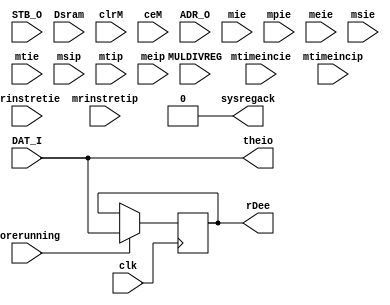
/* -----------------------------------------------------------------------------
 * Part of midgetv
 * 2019. Copyright B. Nossum.
 * For licence, see LICENCE
 * -----------------------------------------------------------------------------ehdr
 * The input mux selects between:
 *   o 32 bit output from a SRAM (or cache or whatever)
 *   o a data input port
 *   o 32 bit output from the internal EBR ram (DAT_O)
 *   o A rightshifted ADR_O
 *   o register M for MUL/DIV instructions
 * 
 * There are many choices for the input mux. Not all are thoroghly tested. 
 * Common for all implementations is the last part. 
 * 
 */


/* verilator lint_off DECLFILENAME */


module m_inputmux
  # ( parameter HIGHLEVEL = 1, //      Presently not in use
      MULDIV = 0, //                   With MUL/DIV instructions?
      DAT_I_ZERO_WHEN_INACTIVE = 1, // With "wellbehaved" Wishbone input we may save 32 LUTs in certain situations
      IWIDTH = 32,  //                 Can in principle be from 1 to 32. Usually 8, 16 or 32.
      SRAMADRWIDTH = 0, //             External memory. Usually SRAM in iCE40UP
      MTIMETAP = 0, //                 Include system registers if MTIMETAP >= MTIMETAP_LOWLIM
      MTIMETAP_LOWLIM = 32 //          Really a constant
      )
   (
    /* verilator lint_off UNUSED */
    input              clk, //         System clock
    input              corerunning, // Only update registers after core is started
    input              STB_O, //       Selecte between SRAM and IO, must also lead to  ack when systemregisters written
    input [31:0]       MULDIVREG, //   MUL/DIV result register
    input [31:0]       Dsram, //       SRAM input
    input              clrM, //        To determine if MULDIVREG is to be read
    input              ceM, //         To determine if MULDIVREG is to be read
    input [31:0]       ADR_O, //       For select between system registers
    input              mie, //         Machine Interrupt enable in MSTATUS
    input              mpie, //        Machine Previous Interrupt enable in MSTATUS
    input              meie, //        Machine External Interrupt Enable in MIE
    input              mrinstretie, // Machine Retired Instructions Retired Interrupt Enable in MIE. RENAME
    input              msie, //        Machine Software Interrupt Enable in MIE
    input              mtie, //        Machine Timer Interrupt Enable in MIE
    input              mtimeincie, //  Machine Time Increment Interrupt Enable in MIE
    input              mrinstretip, // Machine Retired Instructions Retired Interrupt Pending in MIP. RENAME
    input              msip, //        Machine Software Interrupt Pending in MIP
    input              mtip,//         Machine Timer Interrupt Pending in MIP
    input              mtimeincip, //  Machine Time Increment Interrupt Pending in MIP
    input              meip, //        Machine External Interrupt Pending in MIP
    /* verilator lint_on UNUSED */
    input [IWIDTH-1:0] DAT_I, //       External input
    
    /* verilator lint_off UNDRIVEN */
    output             sysregack, //   Read/Write acknowledge from MIP/MIE/MSTATUS
    output [31:0]      rDee, //        Output used by mimux
    output [31:0]      theio //        Output for debugging purposes
    /* verilator lint_on UNDRIVEN */
//    output             m_inputmux_killwarnings
    );

   localparam pHASSYSREGS = MTIMETAP >= MTIMETAP_LOWLIM ? 4 : 0;
   localparam pHASSRAM = SRAMADRWIDTH != 0              ? 2 : 0;
   localparam INPUTMUXTYPE = pHASSYSREGS | pHASSRAM | MULDIV;

   /* verilator lint_off UNUSED */
    /* verilator lint_off UNDRIVEN */
   wire [32:0]         zeros = 33'b0;
   wire [32:0]         erDee;
   wire [32:0]         edati = {zeros[32:IWIDTH],DAT_I[IWIDTH-1:0]};
    /* verilator lint_on UNDRIVEN */
   /* verilator lint_on UNUSED */ 

   generate
      if ( INPUTMUXTYPE == 0 ) begin
         /* Simplest and smallest case. No SRAM, no system registers, no multiplier.
          *
          *               __   
          * DAT_I -------|  |- rDee
          *              >  |  
          * corerunning -E__|  
          * 
          * Total size: 33+IWIDTH SB_LUT4
          */
         reg [IWIDTH-1:0] ireg;
         
         always @(posedge clk)
           if ( corerunning )
             ireg <= DAT_I;
         assign erDee = {zeros[32:IWIDTH],ireg};
         assign sysregack = 0;
         assign theio = DAT_I;
         
      end else if ( INPUTMUXTYPE == 1 ) begin
         /* Multiplier present. No SRAM, no system registers.
          *
          * STB_O ------------+               
          * DAT_I -----------|1\         __   
          *                  |  |- a ---|  |- rDee
          * MULDIVREG -------|0/        >  |  
          *                corerunning -E__|  
          * 
          * Total size: 65 SB_LUT4
          */
         
         wire [31:0] a;
         reg [31:0]  ireg;
         assign a = STB_O ? edati[31:0] : MULDIVREG;
         always @(posedge clk)
           if ( corerunning )
             ireg <= a;
         assign erDee = {zeros[32:IWIDTH],ireg};
         assign sysregack = 0;
         assign theio = a;
         
    end else if ( INPUTMUXTYPE == 2 ) begin
       /* SRAM present. No multiplier, no system registers
        *
        * STB_O ------------+               
        * DAT_I -----------|1\         __   
        *                  |  |- a ---|  |- rDee
        * Dsram     -------|0/        >  |  
        *                corerunning -E__|  
        * 
        * Total size: 65 SB_LUT4
        */
       wire [31:0] a;
       reg [31:0]  ireg;
       assign a = STB_O ? edati[31:0] : Dsram;
       always @(posedge clk)
         if ( corerunning )
           ireg <= a;
       assign erDee = {zeros[32:IWIDTH],ireg};
       assign sysregack = 0;
       assign theio = a;
       
    end else if ( INPUTMUXTYPE == 3 ) begin
       
       wire [31:0] a;
       reg [31:0]  ireg;
       wire        STB_O_or_ReadM = STB_O | (clrM & ceM);

       if ( DAT_I_ZERO_WHEN_INACTIVE ) begin
          /* SRAM and multiplier both present. No system registers.
           * When DAT_I is inactive, it is zero. Note that this depends on the 
           * external INTERCON module. 
           *
           * STB_O_or_readM ---+               
           *             __    |
           * DAT_I -----|or|--|1\         __   
           * MULDIVREG -|__|  |  |- a ---|  |- rDee
           * Dsram     -------|0/        >  |  
           *                corerunning -E__|  
           * 
           * The lsb must be treated differently - MULDIVREG[0] is 1'b1 when idle.
           * 
           */
          assign a[31:1] = STB_O_or_ReadM ? (edati[31:1] | MULDIVREG[31:1]) : Dsram[31:1];
          wire b0;
          assign b0 = STB_O ? edati[0] : MULDIVREG[0];
          assign a[0] = STB_O_or_ReadM ? b0 : Dsram[0];
       end else begin
          /* SRAM and multiplier both present. No system registers.
           * When DAT_I is inactive, we know nothing about the value of DAT_I,
           * so we must use additional resources.
           *
           * STB_O_or_readM ------+               
           * STB_O ------+        |
           * DAT_I     -|1\       | 
           *            |  |- b -|1\         __   
           * MULDIVREG -|0/      |  |- a ---|  |- rDee
           * Dsram     ----------|0/        >  |  
           *                   corerunning -E__|  
           * 
           * Total size: IWIDTH+66 SB_LUT4
           */
          wire [31:0] b;
          assign b = STB_O ? edati[31:0] : MULDIVREG;
          assign a = STB_O_or_ReadM ? b : Dsram;          
       end
       always @(posedge clk)
         if ( corerunning )
           ireg <= a;
       assign erDee = {zeros[32:IWIDTH],ireg};
       assign sysregack = 0;
       assign theio = a;
       
    end else if ( INPUTMUXTYPE == 4 ) begin
       /* System registers, but no sram nor multipliers.
        */
       reg [31:0] a;
       reg        tmpsysregack;
       reg [31:0] ireg;
 
       /* Many bits implemented as this:
        * sysregack -----+
        * STB_O ----+    |    _          __
        * DAT_I   -|1\   +--o| |-- a ---|  |- rDee
        *          |  |------|_|        >  |
        *     0   -|0/     corerunning -E__|
        */
       always @(/*AS*/STB_O or edati or sysregack) begin
          a[2:0]   = sysregack ?  3'b0 : STB_O ?   edati[2:0] :  3'b0;
          a[6:4]   = sysregack ?  3'b0 : STB_O ?   edati[6:4] :  3'b0;
          a[10:8]  = sysregack ?  3'b0 : STB_O ?  edati[10:8] :  3'b0;
          a[15:13] = sysregack ?  3'b0 : STB_O ? edati[15:13] :  3'b0;
          a[31:18] = sysregack ? 14'b0 : STB_O ? edati[31:18] : 14'b0;
       end
       
       always @(/*AS*/ADR_O or STB_O or edati or meie or meip or mie
                or mpie or mrinstretie or mrinstretip or msie or msip
                or mtie or mtimeincie or mtimeincip or mtip) 
         casez ( {STB_O,ADR_O[29:27]} )
           4'b0??? : {tmpsysregack,a[17:16],a[12:11],a[7],a[3]} = {1'b0,2'b00,                 1'b0,1'b0,1'b0,1'b0};
           4'b10?? : {tmpsysregack,a[17:16],a[12:11],a[7],a[3]} = {1'b0,edati[17:16],          edati[12:11],edati[7],edati[3]};
           4'b1100 : {tmpsysregack,a[17:16],a[12:11],a[7],a[3]} = {1'b0,edati[17:16],          edati[12:11],edati[7],edati[3]}; // Don't care better?
           4'b1101 : {tmpsysregack,a[17:16],a[12:11],a[7],a[3]} = {1'b1,mrinstretip,mtimeincip,1'b0,meip,mtip,msip}; // MIP
           4'b1110 : {tmpsysregack,a[17:16],a[12:11],a[7],a[3]} = {1'b1,mrinstretie,mtimeincie,1'b0,meie,mtie,msie}; // MIE
           4'b1111 : {tmpsysregack,a[17:16],a[12:11],a[7],a[3]} = {1'b1,2'b00,                 1'b1,1'b1,mpie,mie }; // MSTATUS
         endcase
                                                         
       always @(posedge clk)
         if ( corerunning ) begin
            ireg <= a;
         end
       assign erDee = {zeros[32:IWIDTH],ireg};
       assign sysregack = tmpsysregack;
       assign theio = a;
       
    end else if ( INPUTMUXTYPE == 5 ) begin
       /* Multiplier and system registers, but no sram.
        * Many bits implemented as this:
        * sysregack -------+
        * STB_O ------+    |    _          __
        * DAT_I     -|1\   +--o| |-- a ---|  |- rDee
        *            |  |------|_|        >  |
        * MULDIVREG -|0/     corerunning -E__|
        */
       reg [31:0] a;
       reg        tmpsysregack;
       reg [31:0] ireg;
 
       always @(/*AS*/MULDIVREG or STB_O or edati or sysregack) begin
          a[2:0]   = sysregack ?  3'b0 : STB_O ?   edati[2:0] :   MULDIVREG[2:0];
          a[6:4]   = sysregack ?  3'b0 : STB_O ?   edati[6:4] :   MULDIVREG[6:4];
          a[10:8]  = sysregack ?  3'b0 : STB_O ?  edati[10:8] :  MULDIVREG[10:8];
          a[15:13] = sysregack ?  3'b0 : STB_O ? edati[15:13] : MULDIVREG[15:13];
          a[31:18] = sysregack ? 14'b0 : STB_O ? edati[31:18] : MULDIVREG[31:18];
       end
       always @(/*AS*/ADR_O or MULDIVREG or STB_O or edati or meie
                or meip or mie or mpie or mrinstretie or mrinstretip
                or msie or msip or mtie or mtimeincie or mtimeincip
                or mtip) 
         casez ( {STB_O,ADR_O[29:27]} )
           4'b0??? : {tmpsysregack,a[17:16],a[12:11],a[7],a[3]} = {1'b0,MULDIVREG[17:16],MULDIVREG[12:11],MULDIVREG[7],MULDIVREG[3]};
           4'b10?? : {tmpsysregack,a[17:16],a[12:11],a[7],a[3]} = {1'b0,edati[17:16],          edati[12:11],edati[7],edati[3]};
           4'b1100 : {tmpsysregack,a[17:16],a[12:11],a[7],a[3]} = {1'b0,edati[17:16],          edati[12:11],edati[7],edati[3]}; // Don't care smaller?
           4'b1101 : {tmpsysregack,a[17:16],a[12:11],a[7],a[3]} = {1'b1,mrinstretip,mtimeincip,1'b0,meip,mtip,msip}; // MIP
           4'b1110 : {tmpsysregack,a[17:16],a[12:11],a[7],a[3]} = {1'b1,mrinstretie,mtimeincie,1'b0,meie,mtie,msie}; // MIE
           4'b1111 : {tmpsysregack,a[17:16],a[12:11],a[7],a[3]} = {1'b1,2'b00,                 1'b1,1'b1,mpie,mie }; // MSTATUS
         endcase
                                                         
       always @(posedge clk)
         if ( corerunning ) begin
            ireg <= a;
         end
       assign erDee = {zeros[32:IWIDTH],ireg};
       assign sysregack = tmpsysregack;
       assign theio = a;
       
       

    end else if ( INPUTMUXTYPE == 6 ) begin
       /* System registers and sram. No multiplier. Most bits:
        * 
        * 
        * STB_O ------------+       
        * DAT_I -----------|1\               __     
        *                  |  |------- a ---|  |- rDee
        * Dsram     -------|0/              >  |                      
        *                      corerunning -E  |                      
        *                      sysregack  --R__|               
        * Total size: 81 SB_LUTS
        */
       reg [31:0] a;
       reg        tmpsysregack;
       reg [31:0] ireg;
 
       always @(*) begin
          a[2:0]   = sysregack ?  3'b0 : STB_O ?   edati[2:0] :   Dsram[2:0];
          a[6:4]   = sysregack ?  3'b0 : STB_O ?   edati[6:4] :   Dsram[6:4];
          a[10:8]  = sysregack ?  3'b0 : STB_O ?  edati[10:8] :  Dsram[10:8];
          a[15:13] = sysregack ?  3'b0 : STB_O ? edati[15:13] : Dsram[15:13];
          a[31:18] = sysregack ? 14'b0 : STB_O ? edati[31:18] : Dsram[31:18];
       end
       
       always @(*) 
         casez ( {STB_O,ADR_O[29:27]} )
           4'b0??? : {tmpsysregack,a[17:16],a[12:11],a[7],a[3]} = {1'b0,Dsram[17:16],Dsram[12:11],Dsram[7],Dsram[3]};
           4'b10?? : {tmpsysregack,a[17:16],a[12:11],a[7],a[3]} = {1'b0,edati[17:16],edati[12:11],edati[7],edati[3]};
           4'b1100 : {tmpsysregack,a[17:16],a[12:11],a[7],a[3]} = {1'b0,edati[17:16],edati[12:11],edati[7],edati[3]}; // Don't care better?
           4'b1101 : {tmpsysregack,a[17:16],a[12:11],a[7],a[3]} = {1'b1,mrinstretip,mtimeincip,1'b0,meip,mtip,msip}; // MIP
           4'b1110 : {tmpsysregack,a[17:16],a[12:11],a[7],a[3]} = {1'b1,mrinstretie,mtimeincie,1'b0,meie,mtie,msie}; // MIE
           4'b1111 : {tmpsysregack,a[17:16],a[12:11],a[7],a[3]} = {1'b1,2'b00,                 1'b1,1'b1,mpie,mie }; // MSTATUS
         endcase
                                                         
       always @(posedge clk)
         if ( corerunning ) begin
            ireg <= a;
         end
       assign erDee = {zeros[32:IWIDTH],ireg};
       assign sysregack = tmpsysregack;
       assign theio = a;
       
    end else if ( INPUTMUXTYPE == 7 ) begin

       if ( DAT_I_ZERO_WHEN_INACTIVE ) begin
          /* SRAM, multiplier, and system registers. When DAT_I is inactive, it is zero.
           * This depends on the external INTERCON module.
           * Most bits:
           *
           * STB_O_or_readM ---+               
           *             __    |
           * DAT_I -----|or|--|1\         __   
           * MULDIVREG -|__|  |  |- a ---|  |- rDee
           * Dsram     -------|0/        >  |  
           *                corerunning -E__|  
           * 
           */
          ProbableErrorHere SeeOtherCaseWith_DAT_I_ZERO_WHEN_INACTIVE();
          reg [31:0] a;
          reg        tmpsysregack;
          reg [31:0] ireg;
          wire       STB_O_or_ReadM = STB_O | (clrM & ceM);
          wire [31:0] d_or_m = edati[31:0] | MULDIVREG;
          
          always @(/*AS*/Dsram or STB_O_or_ReadM or d_or_m
                   or sysregack) begin
             a[2:0]   = sysregack ?  3'b0 : STB_O_or_ReadM ?   d_or_m[2:0] :   Dsram[2:0];
             a[6:4]   = sysregack ?  3'b0 : STB_O_or_ReadM ?   d_or_m[6:4] :   Dsram[6:4];
             a[10:8]  = sysregack ?  3'b0 : STB_O_or_ReadM ?  d_or_m[10:8] :  Dsram[10:8];
             a[15:13] = sysregack ?  3'b0 : STB_O_or_ReadM ? d_or_m[15:13] : Dsram[15:13];
             a[31:18] = sysregack ? 14'b0 : STB_O_or_ReadM ? d_or_m[31:18] : Dsram[31:18];
          end
       
       always @(/*AS*/ADR_O or Dsram or STB_O or d_or_m or meie
                or meip or mie or mpie or mrinstretie or mrinstretip
                or msie or msip or mtie or mtimeincie or mtimeincip
                or mtip) 
         casez ( {STB_O,ADR_O[29:27]} )
           4'b0??? : {tmpsysregack,a[17:16],a[12:11],a[7],a[3]} = {1'b0,Dsram[17:16],  Dsram[12:11],Dsram[7],Dsram[3]};
           4'b10?? : {tmpsysregack,a[17:16],a[12:11],a[7],a[3]} = {1'b0,d_or_m[17:16],d_or_m[12:11],d_or_m[7],d_or_m[3]};
           4'b1100 : {tmpsysregack,a[17:16],a[12:11],a[7],a[3]} = {1'b0,d_or_m[17:16],d_or_m[12:11],d_or_m[7],d_or_m[3]}; // Don't care better?
           4'b1101 : {tmpsysregack,a[17:16],a[12:11],a[7],a[3]} = {1'b1,mrinstretip,mtimeincip,1'b0,meip,mtip,msip}; // MIP
           4'b1110 : {tmpsysregack,a[17:16],a[12:11],a[7],a[3]} = {1'b1,mrinstretie,mtimeincie,1'b0,meie,mtie,msie}; // MIE
           4'b1111 : {tmpsysregack,a[17:16],a[12:11],a[7],a[3]} = {1'b1,2'b00,                 1'b1,1'b1,mpie,mie }; // MSTATUS
         endcase
          
          always @(posedge clk)
            if ( corerunning ) begin
               ireg <= a;
            end
          assign erDee = {zeros[32:IWIDTH],ireg};
          assign sysregack = tmpsysregack;
          assign theio = a;
          
       end else begin
          /* SRAM, multiplier, and system registers. When DAT_I is inactive, it is unknown.
           * Most bits:
           *
           * STB_O_or_readM ------+               
           * STB_O ------+        |
           * DAT_I     -|1\       |       
           *            |  |- b -|1\                 __                  
           * MULDIVREG -|0/      |  |--------- a ---|  |- rDee     
           * Dsram     ----------|0/                >  |       
           *                           corerunning -E  |       
           *                            sysregack --R__|
           */
          reg [31:0] a;
          reg        tmpsysregack;
          reg [31:0] ireg;
          wire       STB_O_or_ReadM = STB_O | (clrM & ceM);

          always @(/*AS*/DAT_I or Dsram or MULDIVREG or STB_O
                   or STB_O_or_ReadM) begin
             a[2:0]   = STB_O_or_ReadM ? (STB_O ?   DAT_I[2:0] :   MULDIVREG[2:0]) :   Dsram[2:0];
             a[6:4]   = STB_O_or_ReadM ? (STB_O ?   DAT_I[6:4] :   MULDIVREG[6:4]) :   Dsram[6:4];
             a[10:8]  = STB_O_or_ReadM ? (STB_O ?  DAT_I[10:8] :  MULDIVREG[10:8]) :  Dsram[10:8];
             a[15:13] = STB_O_or_ReadM ? (STB_O ? DAT_I[15:13] : MULDIVREG[15:13]) : Dsram[15:13];
             a[31:18] = STB_O_or_ReadM ? (STB_O ? DAT_I[31:18] : MULDIVREG[31:18]) : Dsram[31:18];
          end
          
          always @(/*AS*/ADR_O or Dsram or MULDIVREG or STB_O
                   or STB_O_or_ReadM or edati or meie or meip or mie
                   or mpie or mrinstretie or mrinstretip or msie
                   or msip or mtie or mtimeincie or mtimeincip or mtip) 
            casez ( {STB_O_or_ReadM,STB_O,ADR_O[29:27]} )
              5'b00??? : {tmpsysregack,a[17:16],a[12:11],a[7],a[3]} = {1'b0,Dsram[17:16],Dsram[12:11],Dsram[7],Dsram[3]};
              5'b01??? : {tmpsysregack,a[17:16],a[12:11],a[7],a[3]} = {1'b0,edati[17:16],edati[12:11],edati[7],edati[3]}; // This is an impossible case. Don't care better?
              5'b10??? : {tmpsysregack,a[17:16],a[12:11],a[7],a[3]} = {1'b0,MULDIVREG[17:16],MULDIVREG[12:11],MULDIVREG[7],MULDIVREG[3]};
              5'b110?? : {tmpsysregack,a[17:16],a[12:11],a[7],a[3]} = {1'b0,edati[17:16],edati[12:11],edati[7],edati[3]};
              5'b11100 : {tmpsysregack,a[17:16],a[12:11],a[7],a[3]} = {1'b0,edati[17:16],edati[12:11],edati[7],edati[3]}; // Don't care better?
              5'b11101 : {tmpsysregack,a[17:16],a[12:11],a[7],a[3]} = {1'b1,mrinstretip,mtimeincip,1'b0,meip,mtip,msip}; // MIP
              5'b11110 : {tmpsysregack,a[17:16],a[12:11],a[7],a[3]} = {1'b1,mrinstretie,mtimeincie,1'b0,meie,mtie,msie}; // MIE
              5'b11111 : {tmpsysregack,a[17:16],a[12:11],a[7],a[3]} = {1'b1,2'b00,                 1'b1,1'b1,mpie,mie }; // MSTATUS
            endcase
          
          always @(posedge clk)
            if ( corerunning ) begin
               ireg[2:0]   <= sysregack ? 3'b0  : a[2:0];
               ireg[3]     <= a[3];
               ireg[6:4]   <= sysregack ? 3'b0  : a[6:4];
               ireg[7]     <= a[7];
               ireg[10:8]  <= sysregack ? 3'b0  : a[10:8];
               ireg[12:11] <= a[12:11];
               ireg[15:13] <= sysregack ? 3'b0  : a[15:13];
               ireg[17:16] <= a[17:16];
               ireg[31:18] <= sysregack ? 14'b0  : a[31:18];
            end
          assign erDee = {zeros[32:IWIDTH],ireg};
          assign sysregack = tmpsysregack;
          assign theio = a;
          

       end
       
    end else begin
       NotYetDoneWTF WorkWTF();
    end
      
   endgenerate
   assign rDee = erDee[31:0];
endmodule


//    end else if ( INPUTMUXTYPE == 7 ) begin
//       if ( DAT_I_ZERO_WHEN_INACTIVE ) begin
//          /* System registers, SRAM and multiplier all present.
//           * When DAT_I is inactive, it is zero. Note that this depends on the 
//           * external INTERCON module. Most bits are identical to a previous case:
//           *
//           * STB_O_or_readM ---+               
//           *             __    |
//           * DAT_I -----|or|--|1\         __   
//           * MULDIVREG -|__|  |  |- a ---|  |- rDee
//           * Dsram     -------|0/        >  |  
//           *                corerunning -E  |                      
//           *                sysregack  --R__|               
//           *       
//           * Total size: 102 SB_LUT4
//           */
//          wire STB_O_or_ReadM = STB_O | (clrM & ceM);
//          wire [32:0] edati = {zeros[32:IWIDTH],DAT_I[IWIDTH-1:0]};
//          reg [31:0]  a;
//          reg         tmpsysregack;
//          reg [31:0]  ireg;
//          
//          always @(/*AS*/Dsram or MULDIVREG or STB_O_or_ReadM or edati
//                   or sysregack) begin
//             a[2:0]   = sysregack ?  3'b0 : STB_O_or_ReadM ? (  edati[2:0] |   MULDIVREG[2:0]) :   Dsram[2:0];
//             a[6:4]   = sysregack ?  3'b0 : STB_O_or_ReadM ? (  edati[6:4] |   MULDIVREG[6:4]) :   Dsram[6:4];
//             a[10:8]  = sysregack ?  3'b0 : STB_O_or_ReadM ? ( edati[10:8] |  MULDIVREG[10:8]) :  Dsram[10:8];
//             a[15:12] = sysregack ?  3'b0 : STB_O_or_ReadM ? (edati[15:12] | MULDIVREG[15:12]) : Dsram[15:12];
//             a[31:18] = sysregack ? 14'b0 : STB_O_or_ReadM ? (edati[31:18] | MULDIVREG[31:18]) : Dsram[31:18];
//          end
//          
//          always @(/*AS*/ADR_O or Dsram or MULDIVREG or STB_O_or_ReadM
//                   or edati or meie or meip or mie or mpie
//                   or mrinstretie or mrinstretip or msie or msip
//                   or mtie or mtimeincie or mtimeincip or mtip) 
//            casez ( {STB_O_or_ReadM,ADR_O[29:27]} )
//              4'b0??? : {tmpsysregack,a[17:16],a[11],a[7],a[3]} = {1'b0,Dsram[17:16],Dsram[11],Dsram[7],Dsram[3]};
//              4'b10?? : {tmpsysregack,a[17:16],a[11],a[7],a[3]} = {1'b0,{edati[17:16]|MULDIVREG[17:16]},{edati[11]|MULDIVREG[11]},{edati[7]|MULDIVREG[7]},{edati[3]|MULDIVREG[3]}};
//              4'b1100 : {tmpsysregack,a[17:16],a[11],a[7],a[3]} = {1'b0,{edati[17:16]|MULDIVREG[17:16]},{edati[11]|MULDIVREG[11]},{edati[7]|MULDIVREG[7]},{edati[3]|MULDIVREG[3]}}; // Don't care better?
//              4'b1101 : {tmpsysregack,a[17:16],a[11],a[7],a[3]} = {1'b1,mrinstretip,mtimeincip,meip,mtip,msip}; // MIP
//              4'b1110 : {tmpsysregack,a[17:16],a[11],a[7],a[3]} = {1'b1,mrinstretie,mtimeincie,meie,mtie,msie}; // MIE
//              4'b1111 : {tmpsysregack,a[17:16],a[11],a[7],a[3]} = {1'b1,2'b00,                 1'b1,mpie,mie }; // MSTATUS
//            endcase
//          
//          always @(posedge clk)
//            if ( corerunning ) begin
//               ireg[2:0]   <= sysregack ? 3'b0  : a[2:0];
//               ireg[3]     <= a[3];
//               ireg[6:4]   <= sysregack ? 3'b0  : a[6:4];
//               ireg[7]     <= a[7];
//               ireg[10:8]  <= sysregack ? 3'b0  : a[10:8];
//               ireg[11]    <= a[11];
//               ireg[15:12] <= sysregack ? 3'b0  : a[15:12];
//               ireg[17:16] <= a[17:16];
//               ireg[31:18] <= sysregack ? 3'b0  : a[31:18];
//            end
//          assign erDee = {zeros[32:IWIDTH],ireg};
//          assign sysregack = tmpsysregack;
//          assign theio = a;
// 
//       end else begin
//          /* System registers, SRAM and multiplier all present.
//           * When DAT_I is inactive, we know nothing about the value of DAT_I,
//           * so we must use additional resources. Most bits can be implemented like this:
//           *
//           * STB_O_or_readM ------+               
//           * STB_O ------+        |
//           * DAT_I     -|1\       |                ___          __            
//           *            |  |- b -|1\  sysregack -o| & |-- a ---|  |- rDee           
//           * MULDIVREG -|0/      |  |-------------|___|        >  |           
//           * Dsram     ----------|0/              corerunning -E__|  
//           *                   
//           * Total size around: IWIDTH+81 SB_LUT4 ???
//           */
//          wire STB_O_or_ReadM = STB_O | (clrM & ceM);
//          wire [32:0] edati = {zeros[32:IWIDTH],DAT_I[IWIDTH-1:0]};
//          reg [31:0]  a;
//          reg         tmpsysregack;
//          reg [31:0]  ireg;
//          
//          always @(/*AS*/Dsram or MULDIVREG or STB_O or STB_O_or_ReadM
//                   or edati) begin
//             a[2:0]   = sysregack ?  3'b0 : STB_O_or_ReadM ? (STB_O ?   edati[2:0] :   MULDIVREG[2:0]) :   Dsram[2:0];
//             a[6:4]   = sysregack ?  3'b0 : STB_O_or_ReadM ? (STB_O ?   edati[6:4] :   MULDIVREG[6:4]) :   Dsram[6:4];
//             a[10:8]  = sysregack ?  3'b0 : STB_O_or_ReadM ? (STB_O ?  edati[10:8] :  MULDIVREG[10:8]) :  Dsram[10:8];
//             a[15:12] = sysregack ?  3'b0 : STB_O_or_ReadM ? (STB_O ? edati[15:12] : MULDIVREG[15:12]) : Dsram[15:12];
//             a[31:18] = sysregack ? 14'b0 : STB_O_or_ReadM ? (STB_O ? edati[31:18] : MULDIVREG[31:18]) : Dsram[31:18];
//          end
//          
//          always @(/*AS*/ADR_O or Dsram or MULDIVREG or STB_O
//                   or STB_O_or_ReadM or edati or meie or meip or mie
//                   or mpie or mrinstretie or mrinstretip or msie
//                   or msip or mtie or mtimeincie or mtimeincip or mtip) 
//            casez ( {STB_O_or_ReadM,ADR_O[29:27]} )
//              4'b0??? : {tmpsysregack,a[17:16],a[11],a[7],a[3]} = {1'b0,Dsram[17:16],Dsram[11],Dsram[7],Dsram[3]};
//              4'b10?? : {tmpsysregack,a[17:16],a[11],a[7],a[3]} 
//                = {1'b0,{STB_O ? edati[17:16] : MULDIVREG[17:16]},{STB_O ? edati[11] : MULDIVREG[11]},{STB_O ? edati[7] : MULDIVREG[7]},{STB_O ? edati[3] : MULDIVREG[3]}};
//              4'b1100 : {tmpsysregack,a[17:16],a[11],a[7],a[3]} 
//                = {1'b0,{STB_O ? edati[17:16] : MULDIVREG[17:16]},{STB_O ? edati[11] : MULDIVREG[11]},{STB_O ? edati[7] : MULDIVREG[7]},{STB_O ? edati[3] : MULDIVREG[3]}}; // Don't care better?
//              4'b1101 : {tmpsysregack,a[17:16],a[11],a[7],a[3]} = {1'b1,mrinstretip,mtimeincip,meip,mtip,msip}; // MIP
//              4'b1110 : {tmpsysregack,a[17:16],a[11],a[7],a[3]} = {1'b1,mrinstretie,mtimeincie,meie,mtie,msie}; // MIE
//              4'b1111 : {tmpsysregack,a[17:16],a[11],a[7],a[3]} = {1'b1,2'b00,                 1'b1,mpie,mie }; // MSTATUS
//            endcase
//          
//          always @(posedge clk)
//            if ( corerunning )
//              ireg <= a;
//          assign erDee = {zeros[32:IWIDTH],ireg};
//          assign sysregack = tmpsysregack;
//          assign theio = a;
// 
//       end
//       
//    end else begin
//       InternalError Work();
//    end
//    
// //   assign m_inputmux_killwarnings = ADR_O[0];